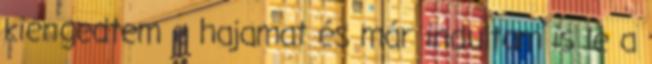
kiengedtem a hajamat és már indultam is le a